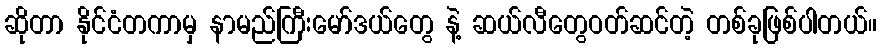
ဆိုတာ နိုင်ငံတကာမှ နာမည်ကြီးမော်ဒယ်တွေ နဲ့ ဆယ်လီတွေဝတ်ဆင်တဲ့ တစ်ခုဖြစ်ပါတယ်။